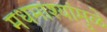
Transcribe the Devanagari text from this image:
मधमाश्यांमुळे